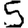
Digit: 5